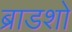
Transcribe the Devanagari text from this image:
ब्राडशो